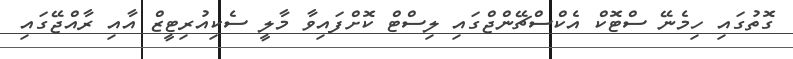
ގޮތުގައި ހިމެނޭ ސްޓޮކް އެކްސްޗޭންޖްގައި ލިސްޓް ކޮށްފައިވާ މާލީ ސެކިއުރިޓީޒް އާއި ރާއްޖޭގައި